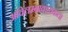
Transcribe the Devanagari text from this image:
अविलम्बावश्यकता